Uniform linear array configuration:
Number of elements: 24
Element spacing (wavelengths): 1
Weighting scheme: kaiser
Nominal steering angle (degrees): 45
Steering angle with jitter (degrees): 46.807
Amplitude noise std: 0.05
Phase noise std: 0.05

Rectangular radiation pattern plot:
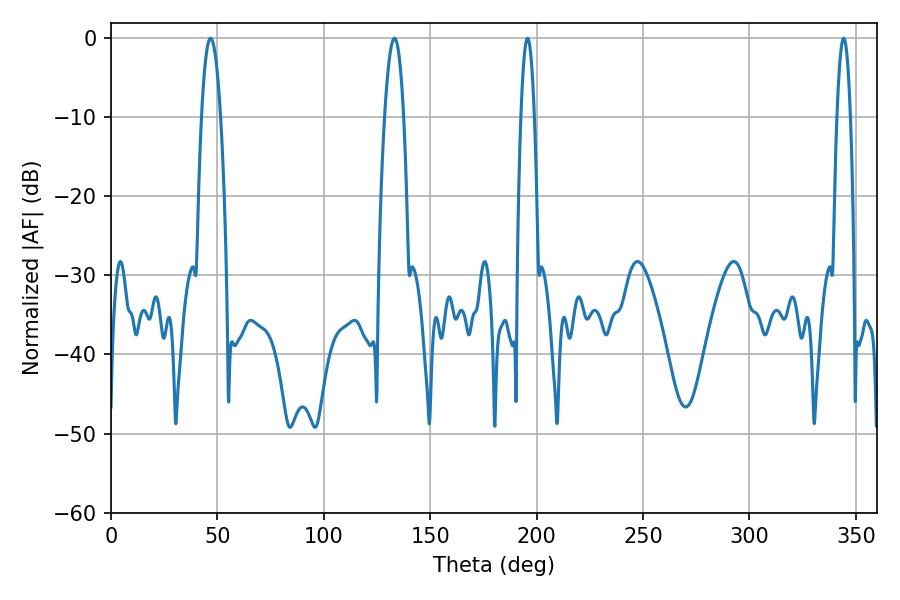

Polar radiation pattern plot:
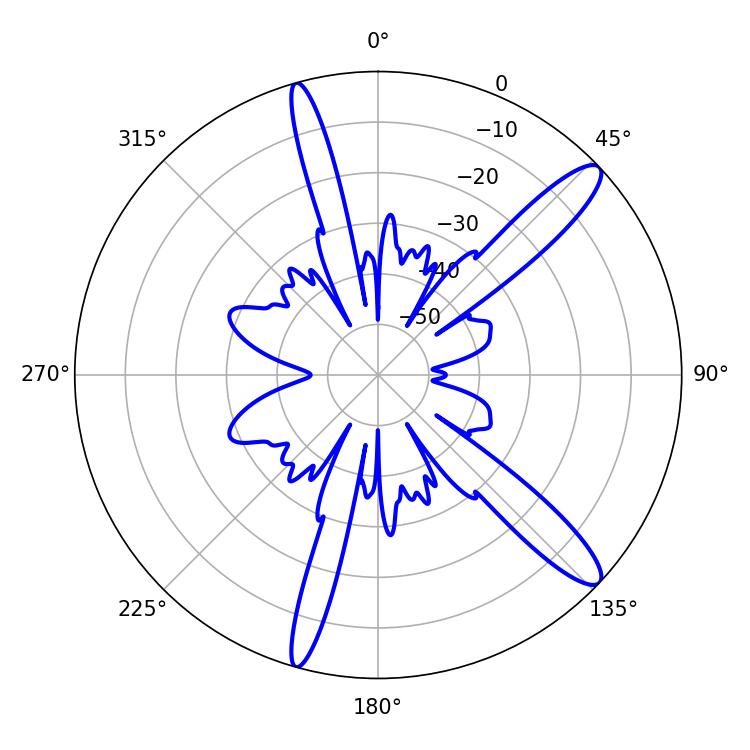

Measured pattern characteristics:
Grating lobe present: TRUE
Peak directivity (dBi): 13.03
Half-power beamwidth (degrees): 4.86
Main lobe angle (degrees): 133.2